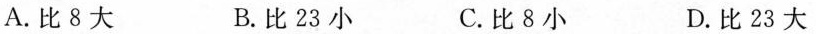
A.比8大 B.比23小 C.比8小 D.比23大